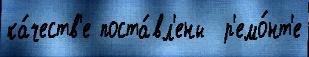
ка́честв'е поста́вл'ены  р'емо́нт'е